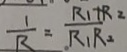
\frac { 1 } { R } = 。 \frac { R _ { 1 } + R _ { 2 } } { R _ { 1 } R _ { 2 } }